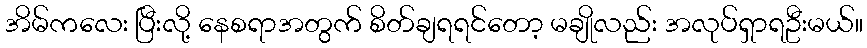
အိမ်ကလေး ပြီးလို့ နေစရာအတွက် စိတ်ချရရင်တော့ မချိုလည်း အလုပ်ရှာရဦးမယ်။